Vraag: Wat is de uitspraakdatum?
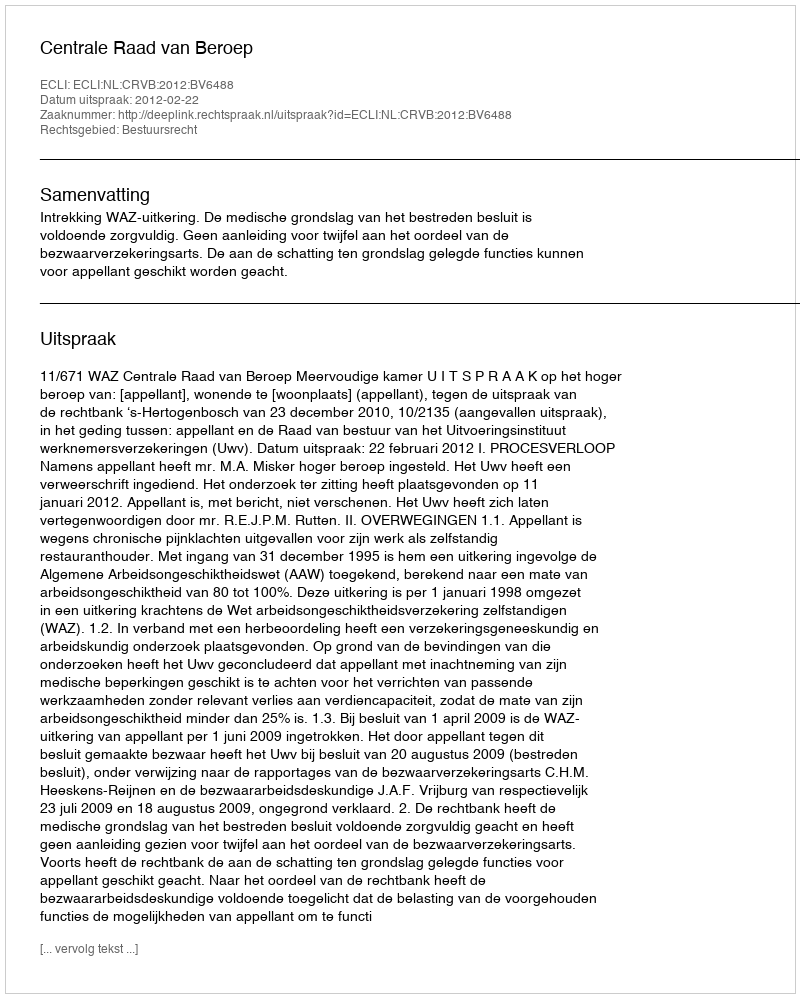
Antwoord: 2012-02-22